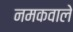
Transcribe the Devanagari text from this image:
नमकवाले